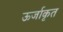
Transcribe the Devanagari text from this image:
ऊर्जाकृत